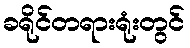
ခရိုင်တရားရုံးတွင်